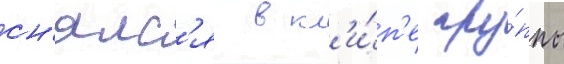
сн'ялс'я в кл'и́п'е гру́ппы